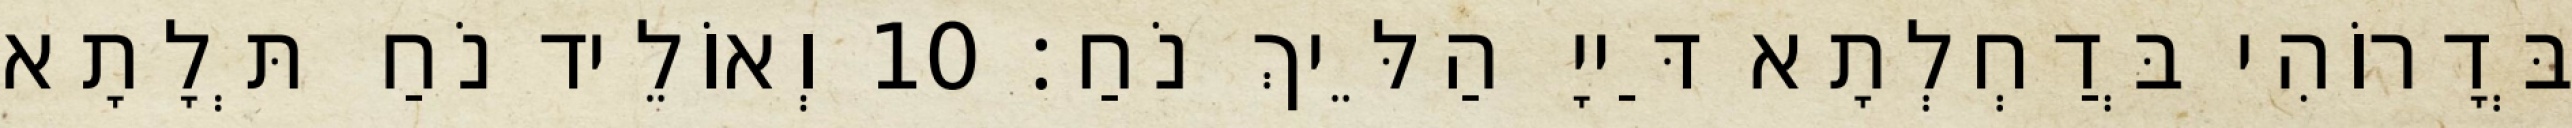
בְּדָרוֹהִי בְּדַחְלְתָא דַּייָ הַלֵּיךְ נֹחַ׃ 10 וְאוֹלֵיד נֹחַ תְּלָתָא